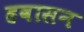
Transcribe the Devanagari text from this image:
हवासन